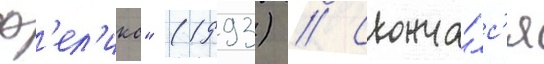
ф'ел'икс" (1993) // Сконча́лс'я